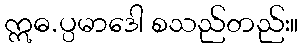
ဣဓ.ပ္ပမာဒေါ စသည်တည်း။